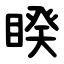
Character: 睽